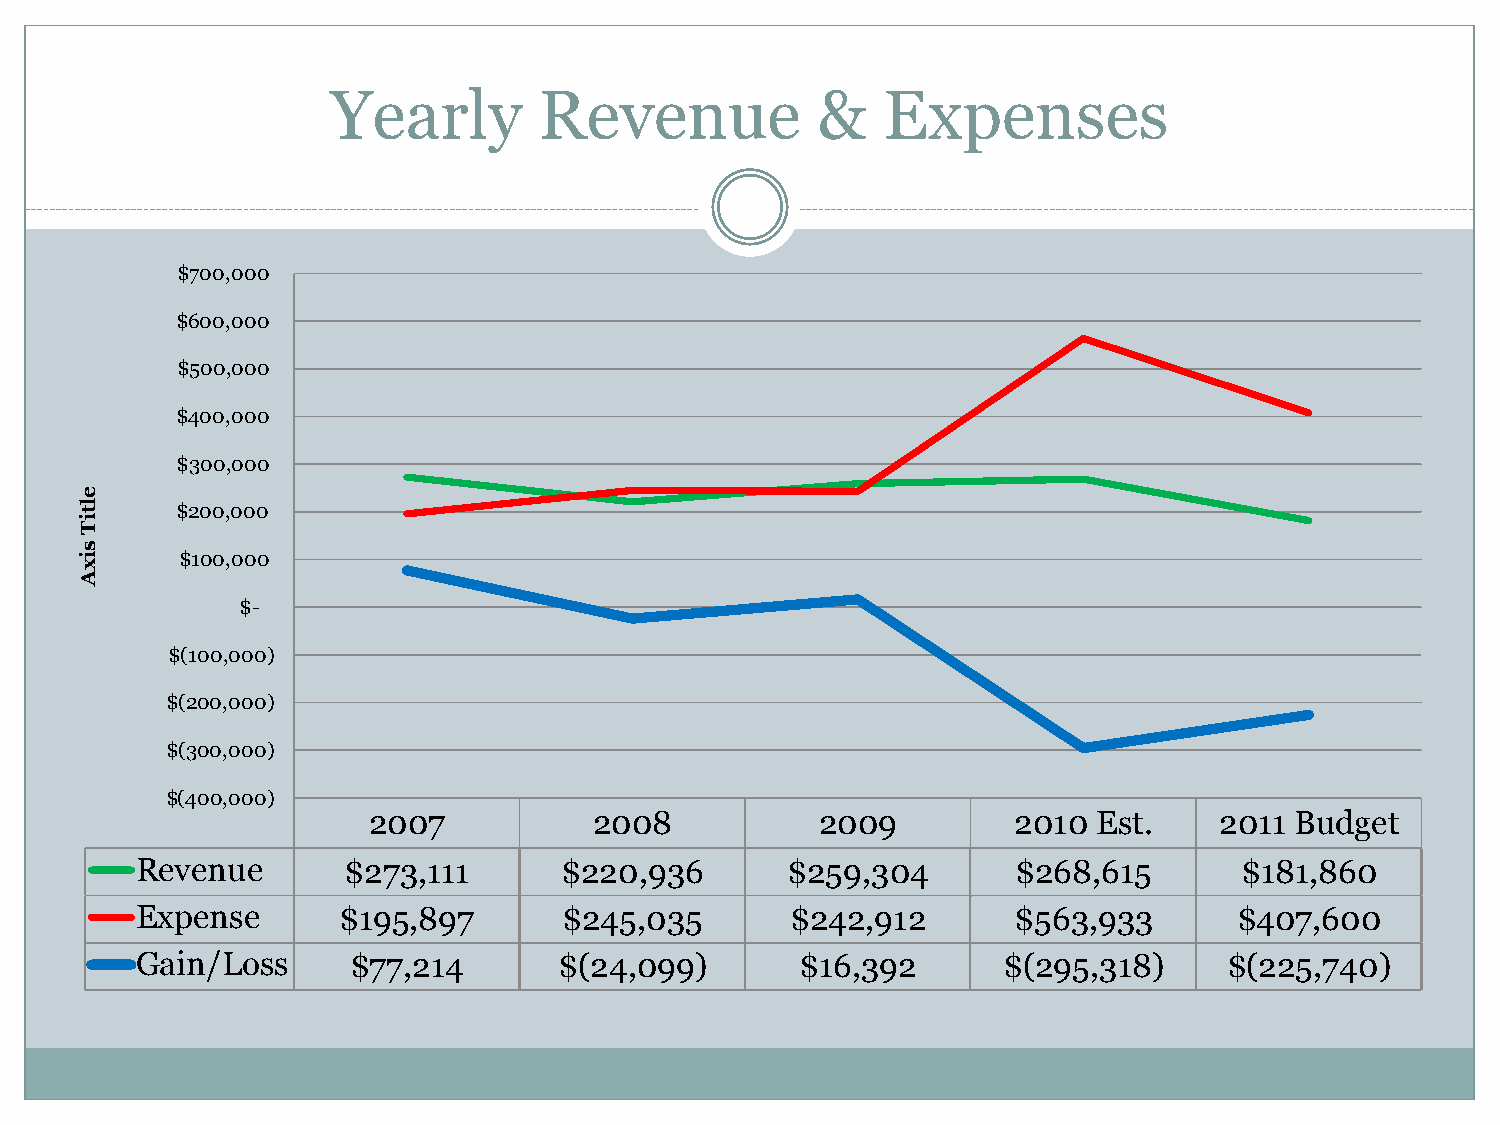
Yearly        Revenue           &   Expenses
 $700,000
 $600,000
 $500,000
 $400,000
 $300,000
 e
 l t    $200,000
 i
 T
 s
 i      $100,000
 x
 A
 $-
 $(100,000)
 $(200,000)
 $(300,000)
 $(400,000)
 2007           2008           2009         2010  Est.    2011 Budget
 Revenue       $273,111      $220,936       $259,304       $268,615       $181,860
 Expense      $195,897       $245,035       $242,912       $563,933       $407,600
 Gain/Loss     $77,214       $(24,099)       $16,392      $(295,318)     $(225,740)